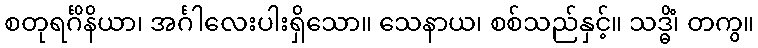
စတုရင်္ဂိနိယာ၊ အင်္ဂါလေးပါးရှိသော။ သေနာယ၊ စစ်သည်နှင့်။ သဒ္ဓိံ၊ တကွ။